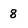
Character: 8